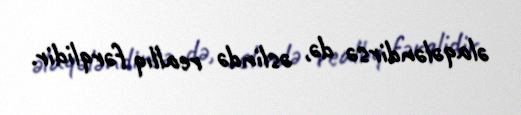
əlaqələndirsə də, əslində reallıq fərqlidir.